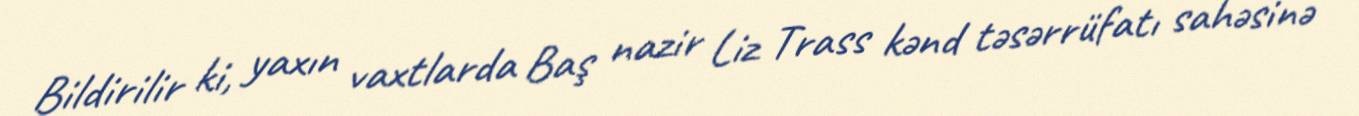
Bildirilir ki, yaxın vaxtlarda Baş nazir Liz Trass kənd təsərrüfatı sahəsinə